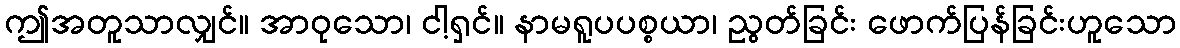
ဤအတူသာလျှင်။ အာဝုသော၊ ငါ့ရှင်။ နာမရူပပစ္စယာ၊ ညွတ်ခြင်း ဖောက်ပြန်ခြင်းဟူသော